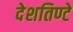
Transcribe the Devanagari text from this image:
देशतिण्टे